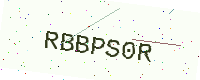
Text: RBBPS0R